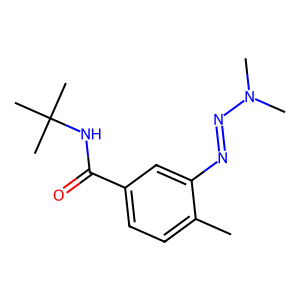
SMILES: Cc1ccc(C(=O)NC(C)(C)C)cc1N=NN(C)C
Inhibits HIV replication: No